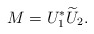
\begin{align*}M = U_1^*\widetilde{U}_2.\end{align*}